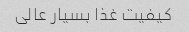
کیفیت غذا بسیار عالی